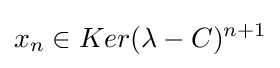
x_{n}\in Ker(\lambda -C)^{n+1}